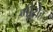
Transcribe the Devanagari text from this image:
गीरोह